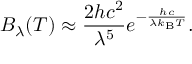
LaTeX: B _ { \lambda } ( T ) \approx { \frac { 2 h c ^ { 2 } } { \lambda ^ { 5 } } } e ^ { - { \frac { h c } { \lambda k _ { \mathrm { B } } T } } } .